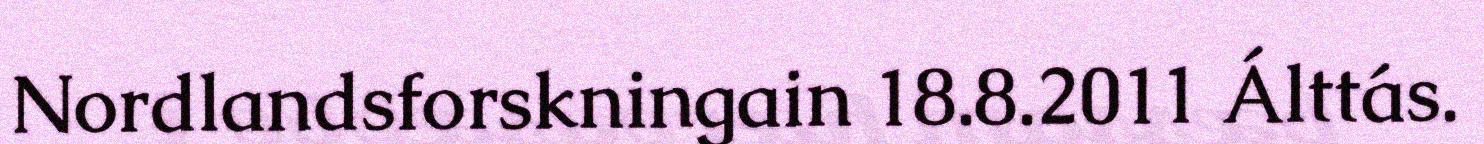
Nordlandsforskningain 18.8.2011 Álttás.